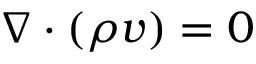
\nabla \boldsymbol { \cdot } ( \rho \boldsymbol { v } ) = 0